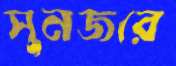
সুনজরে